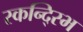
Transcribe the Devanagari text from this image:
स्कन्द्स्भि